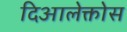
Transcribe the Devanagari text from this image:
दिआलेक्तोस